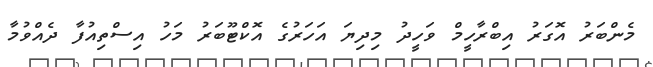
މެންބަރު އޮގަރު އިބްރާހީމް ވަހީދު މިދިޔަ އަހަރުގެ އޮކްޓޫބަރު މަހު އިސްތިއުފާ ދެއްވުމާ